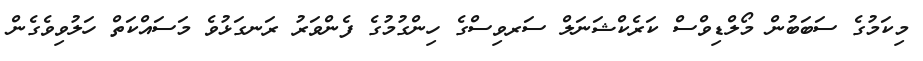
މިކަމުގެ ސަބަބުން މޯލްޑިވްސް ކަރެކްޝަނަލް ސަރވިސްގެ ހިންގުމުގެ ފެންވަރު ރަނގަޅުވެ މަސައްކަތް ހަލުވިވެގެން